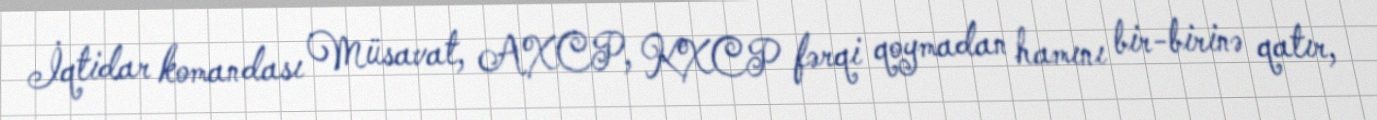
İqtidar komandası Müsavat, AXCP, KXCP fərqi qoymadan hamını bir-birinə qatır,